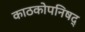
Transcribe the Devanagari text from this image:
काठकोपनिषद्